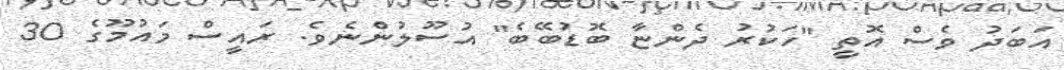
އަބަދު ވެސް އޮތީ "ހަކުރު ދެންޏާ ބޮޑުބޭބެ" އުސޫލުންނެވެ. ރައީސް މައުމޫގެ 30